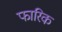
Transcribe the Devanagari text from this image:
फारिक